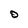
Character: O